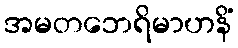
အမတဘေရိမာဟနိံ